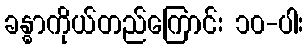
ခန္ဓာကိုယ်တည်ကြောင်း ၁၀-ပါး